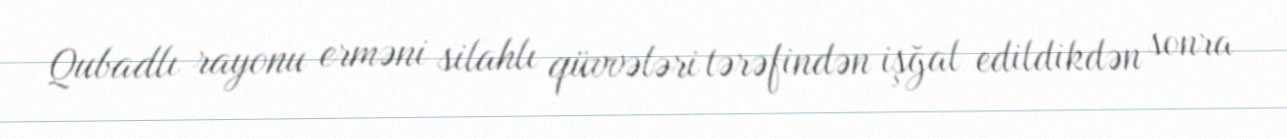
Qubadlı rayonu erməni silahlı qüvvələri tərəfindən işğal edildikdən sonra